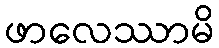
ဖာလေဿာမိ